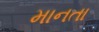
માનતા